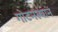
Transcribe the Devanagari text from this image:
गोटनस्थान